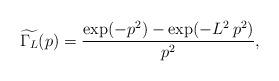
LaTeX: \begin{align*}\widetilde{\Gamma_L}(p)=\frac{\exp (-p^2)-\exp (-L^2\,p^2)}{p^2},\end{align*}